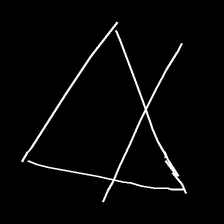
Glyph: empower